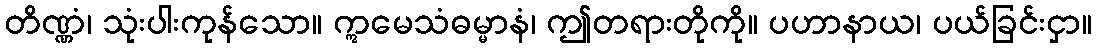
တိဏ္ဏံ၊ သုံးပါးကုန်သော။ ဣမေသံဓမ္မာနံ၊ ဤတရားတိုကို။ ပဟာနာယ၊ ပယ်ခြင်းငှာ။